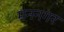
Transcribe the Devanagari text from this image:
मननगर